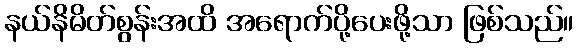
နယ်နိမိတ်စွန်းအထိ အရောက်ပို့ပေးဖို့သာ ဖြစ်သည်။